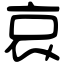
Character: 哀